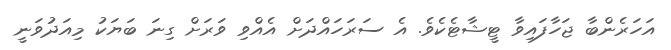
އަހަރެންބާ ޖަހާފައިވާ ޓީޝާޓެކެވެ. އެ ސަރަހައްދަށް އެއްވި ވަރަށް ގިނަ ބަޔަކު މިއަދުވަނީ